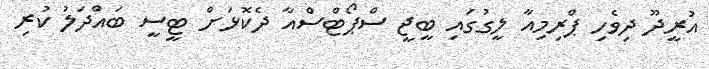
އުރީދޫ ދިވެހި ޕްރިމިއާ ލީގުގައި ބީޖީ ސްޕޯޓްސްއާ ދެކޮޅަށް ޓީސީ ބައްދަލު ކުރި